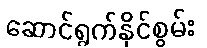
ဆောင်ရွက်နိုင်စွမ်း